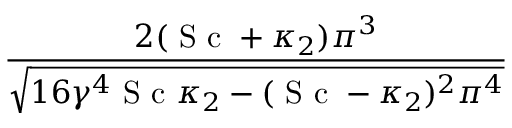
\frac { 2 ( \mathrm { ~ S ~ c ~ } + \kappa _ { 2 } ) \pi ^ { 3 } } { \sqrt { 1 6 \gamma ^ { 4 } \mathrm { ~ S ~ c ~ } \kappa _ { 2 } - ( \mathrm { ~ S ~ c ~ } - \kappa _ { 2 } ) ^ { 2 } \pi ^ { 4 } } }